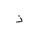
Letter: _thal